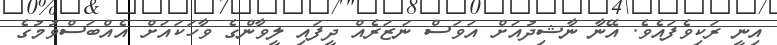
އިނީ ރަކިވެފައެވެ. އޭނާ ނާޝިދުއަށް އަވަސް ނަޒަރެއް ދީފައި ލީވާންގެ ވާހަކައަށް އެއްބަސްވުމުގެ